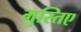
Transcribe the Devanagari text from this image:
मुस्तिए